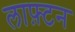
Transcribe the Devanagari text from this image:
लाफ़्टन